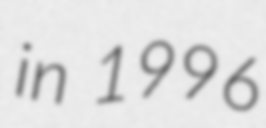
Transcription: in 1996